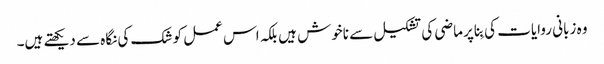
وہ زبانی روایات کی بِنا پر ماضی کی تشکیل سے ناخوش ہیں بلکہ اس عمل کو شک کی نگاہ سے دیکھتے ہیں۔